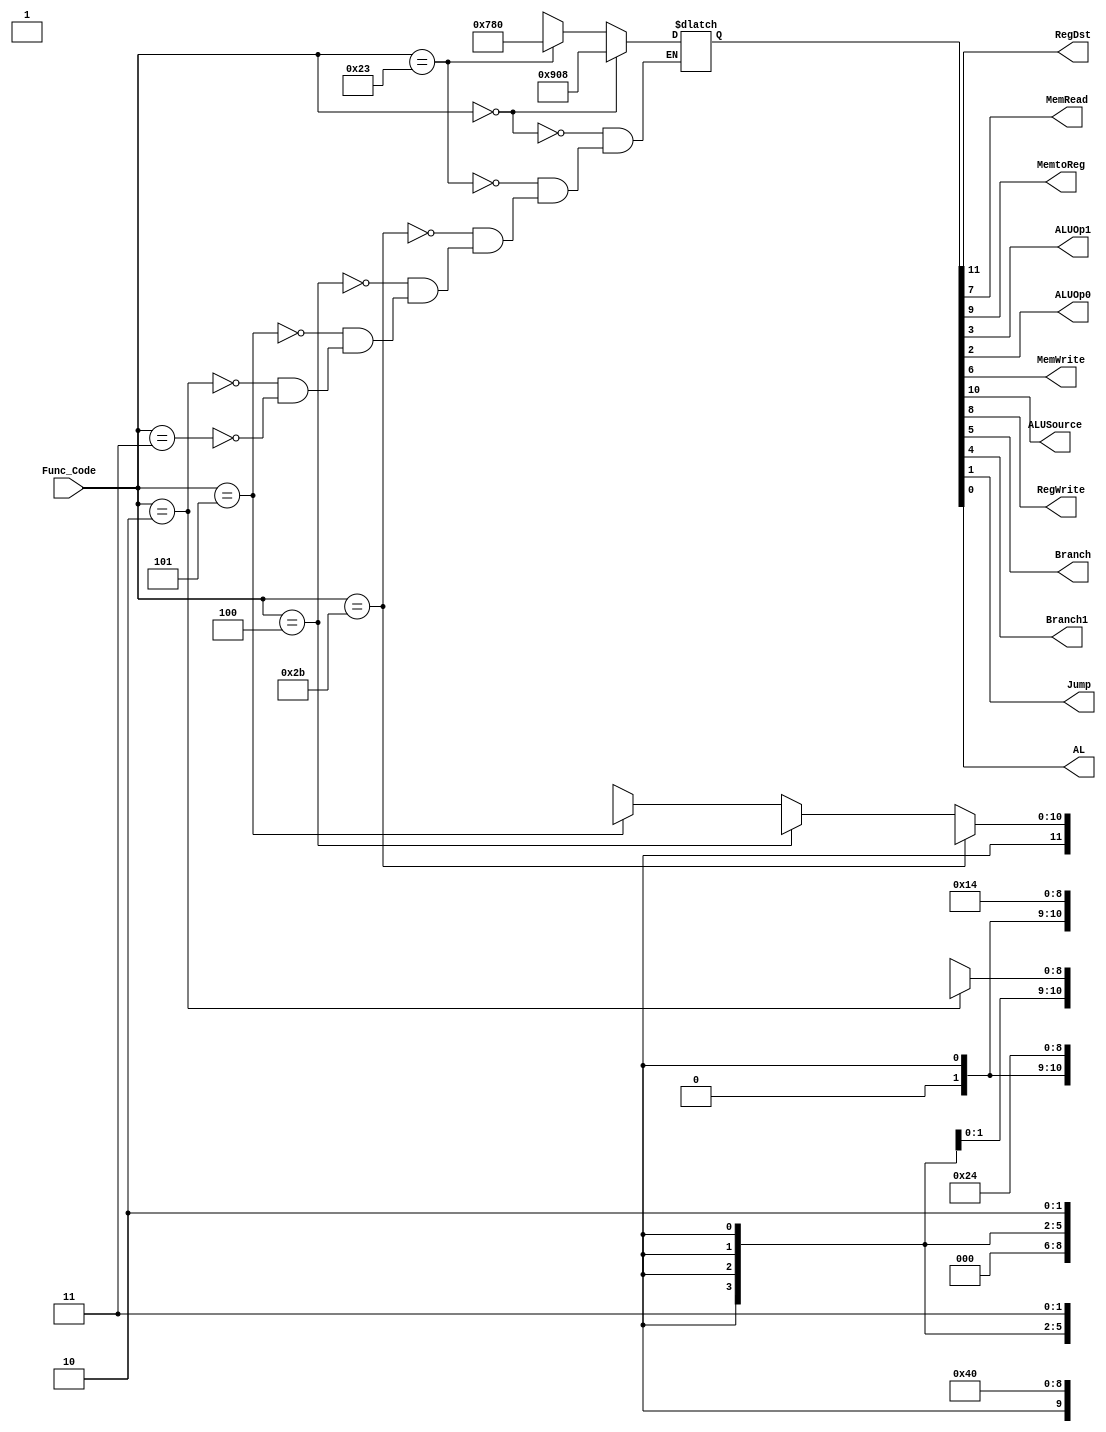
`timescale 1ns / 1ps
//////////////////////////////////////////////////////////////////////////////////
// Company: 
// Engineer: 
// 
// Design Name: 
// Module Name: Control
// Project Name: 
// Target Devices: 
// Tool Versions: 
// Description: 
// 
// Dependencies: 
// 
// Revision:
// Revision 0.01 - File Created
// Additional Comments:
// 
//////////////////////////////////////////////////////////////////////////////////


module Control(Func_Code,RegDst,MemRead,MemtoReg,ALUOp1,ALUOp0,MemWrite,ALUSource,RegWrite,Branch,Branch1,Jump,AL);

input [5:0] Func_Code;
output wire RegDst,MemRead,MemtoReg,ALUOp1,ALUOp0,MemWrite,ALUSource,RegWrite,Branch,Branch1,Jump,AL;
reg [11:0] out;
wire [5:0] r=0;   //000000
wire [5:0] lw=35; //100011
wire [5:0] sw=43; //101011
wire [5:0] beq=4; //000100
wire [5:0] bne=5; //000101
wire [5:0] j=2;   //000010  
wire [5:0] jal=3;//000011
always @(Func_Code)
begin
    case(Func_Code)
        r : out=12'b100100001000;
        lw: out=12'b011110000000;
        sw: out=12'bx1x001000000;
        beq:out=12'bx0x000100100;
        bne:out=12'bx0x000010100;
        j:  out=12'bxxx000xxxx10;
        jal:out=12'bxxx100xxxx11;// 11111 in write register, PC value in write data (32 bit)
        
    endcase
end
assign {RegDst,ALUSource,MemtoReg,RegWrite,MemRead,MemWrite,Branch,Branch1,ALUOp1,ALUOp0,Jump,AL} = out;
endmodule